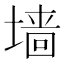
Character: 墙